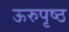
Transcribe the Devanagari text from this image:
ऊरुपृष्ठ